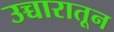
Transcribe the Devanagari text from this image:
उच्चारातून